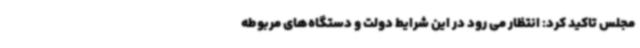
مجلس تاکید کرد: انتظار می رود در این شرایط دولت و دستگاه‌های مربوطه